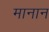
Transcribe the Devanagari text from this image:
मानान